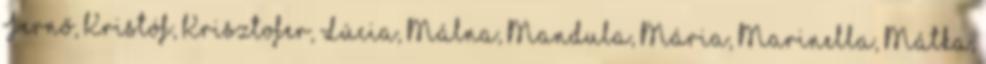
Jernő, Kristóf, Krisztofer, Lúcia, Málna, Mandula, Mária, Marinella, Mátka,